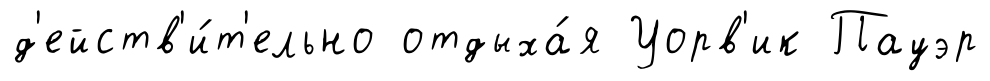
д'ейств'и́т'ельно отдыха́я Уорв'ик Пауэр